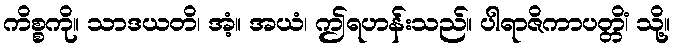
ကိစ္စကို။ သာဒယတိ၊ အံ့။ အယံ၊ ဤရဟန်းသည်။ ပါရာဇိကာပတ္တိံ၊ သို့။